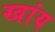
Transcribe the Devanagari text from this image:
खांय